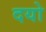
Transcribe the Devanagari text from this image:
दयो